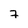
Character: 7